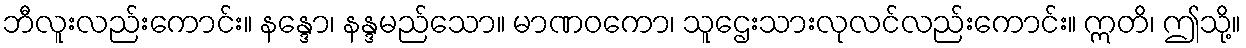
ဘီလူးလည်းကောင်း။ နန္ဒော၊ နန္ဒမည်သော။ မာဏဝကော၊ သူဌေးသားလုလင်လည်းကောင်း။ ဣတိ၊ ဤသို့။